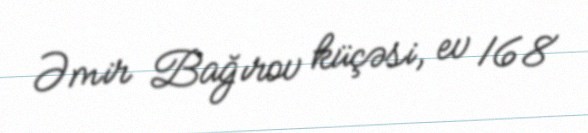
Əmir Bağırov küçəsi, ev 168